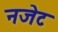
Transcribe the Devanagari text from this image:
नजेट